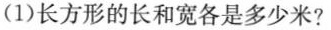
(1)长方形的长和宽各是多少米?